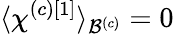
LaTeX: \langle\chi^{\left(c\right)\left[1\right]}\rangle_{\mathcal{B}^{\left(c\right)}}=0